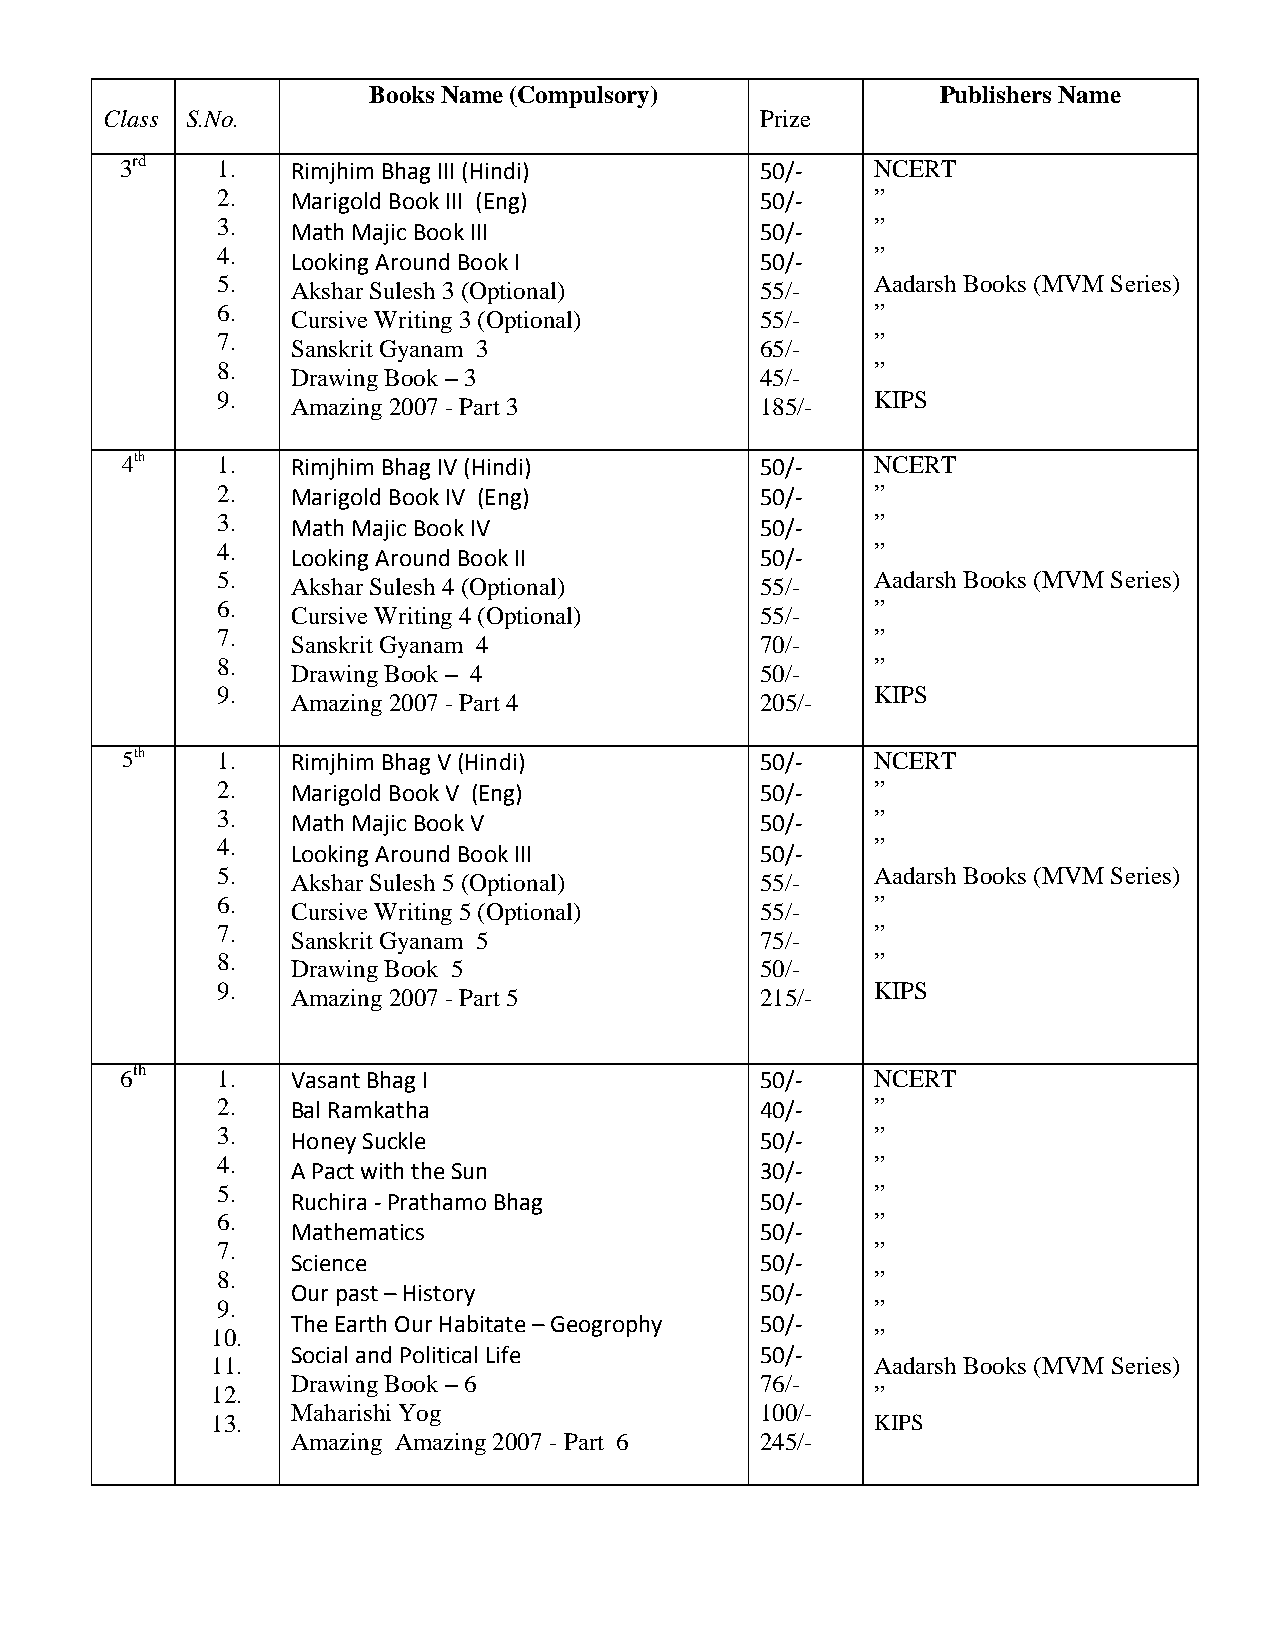
Books Name (Compulsory)               Publishers Name
 Class S.No.                                Prize
 3rd   1.   Rimjhim Bhag III (Hindi)       50/-    NCERT
 2.   Marigold Book III (Eng)        50/-    ”
 3.   Math Majic Book III            50/-    ”
 4.                                          ”
 Looking Around Book I          50/-
 5.                                          Aadarsh Books (MVM Series)
 Akshar Sulesh 3 (Optional)     55/-
 6.                                          ”
 Cursive Writing 3 (Optional)   55/-
 7.                                          ”
 Sanskrit Gyanam 3              65/-
 8.                                          ”
 Drawing Book – 3               45/-
 9.                                          KIPS
 Amazing 2007 - Part 3          185/-
 4th   1.   Rimjhim Bhag IV (Hindi)        50/-    NCERT
 2.   Marigold Book IV (Eng)         50/-    ”
 3.   Math Majic Book IV             50/-    ”
 4.                                          ”
 Looking Around Book II         50/-
 5.                                          Aadarsh Books (MVM Series)
 Akshar Sulesh 4 (Optional)     55/-
 6.                                          ”
 Cursive Writing 4 (Optional)   55/-
 7.                                          ”
 Sanskrit Gyanam 4              70/-
 8.                                          ”
 Drawing Book – 4               50/-
 9.                                          KIPS
 Amazing 2007 - Part 4          205/-
 5th   1.   Rimjhim Bhag V (Hindi)         50/-    NCERT
 2.   Marigold Book V (Eng)          50/-    ”
 3.   Math Majic Book V              50/-    ”
 4.                                          ”
 Looking Around Book III        50/-
 5.                                          Aadarsh Books (MVM Series)
 Akshar Sulesh 5 (Optional)     55/-
 6.                                          ”
 Cursive Writing 5 (Optional)   55/-
 7.                                          ”
 Sanskrit Gyanam 5              75/-
 8.                                          ”
 Drawing Book 5                 50/-
 9.                                          KIPS
 Amazing 2007 - Part 5          215/-
 6th   1.   Vasant Bhag I                  50/-    NCERT
 2.   Bal Ramkatha                   40/-    ”
 3.   Honey Suckle                   50/-    ”
 4.                                          ”
 A Pact with the Sun            30/-
 5.                                          ”
 Ruchira - Prathamo Bhag        50/-
 6.                                          ”
 Mathematics                    50/-
 7.                                          ”
 Science                        50/-
 8.                                          ”
 Our past – History             50/-
 9.                                          ”
 The Earth Our Habitate – Geogrophy 50/-
 10.                                         ”
 Social and Political Life      50/-
 11.                                         Aadarsh Books (MVM Series)
 Drawing Book – 6               76/-
 12.                                         ”
 Maharishi Yog                  100/-
 13.                                         KIPS
 Amazing Amazing 2007 - Part 6  245/-